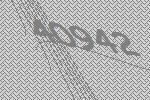
40942